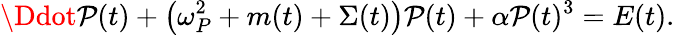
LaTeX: \Ddot{\cal P}(t)+\left(\omega_{P}^{2}+m(t)+\Sigma(t)\right){\cal P}(t)+\alpha{\cal P}(t)^{3}=E(t).